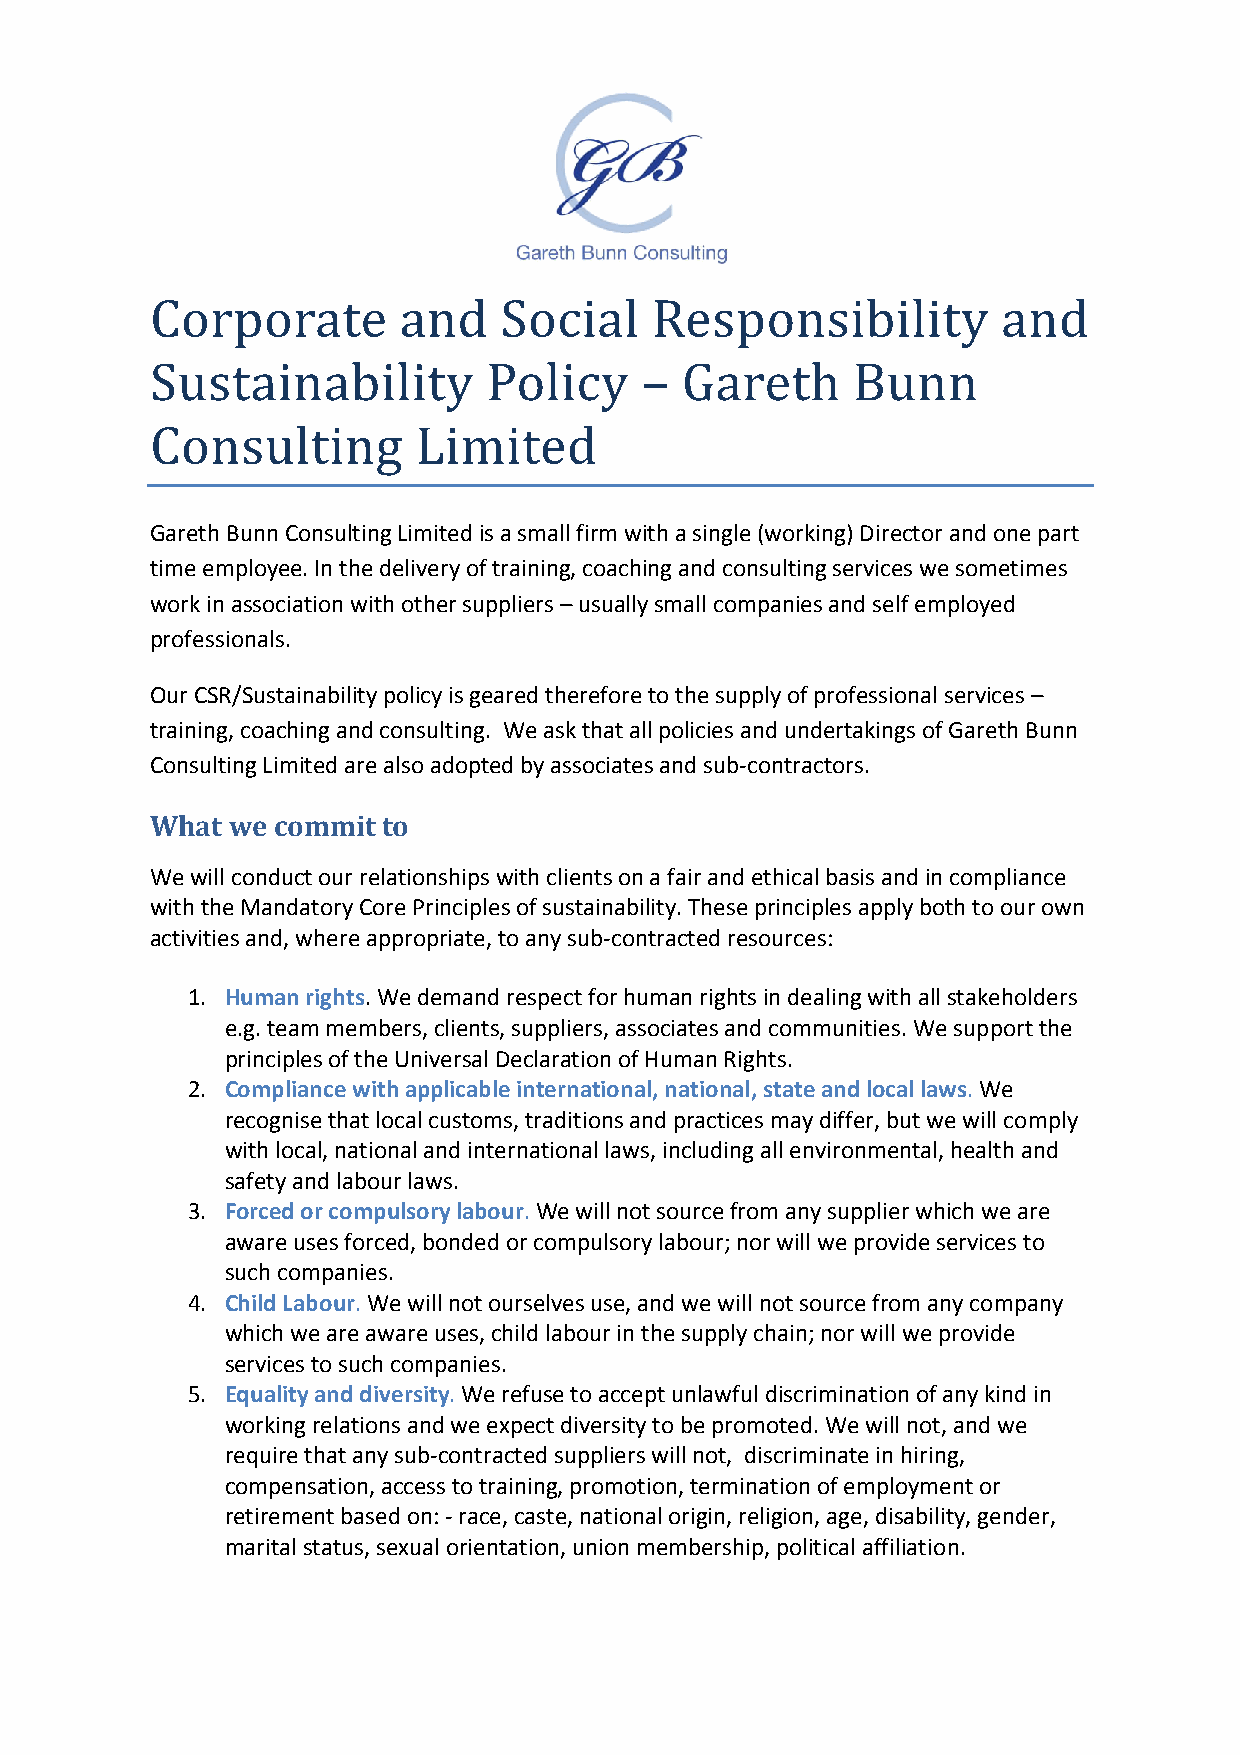
Corporate       and    Social    Responsibility         and
 Sustainability        Policy    –  Gareth     Bunn
 Consulting        Limited
 GarethBunnConsultingLimitedisasmallfirmwithasingle(working)Directorandonepart
 timeemployee.Inthedeliveryoftraining,coachingandconsultingserviceswesometimes
 workinassociationwithothersuppliers–usuallysmallcompaniesandselfemployed
 professionals.
 OurCSR/Sustainabilitypolicyisgearedthereforetothesupplyofprofessionalservices–
 training,coachingandconsulting. WeaskthatallpoliciesandundertakingsofGarethBunn
 ConsultingLimitedarealsoadoptedbyassociatesandsub-contractors.
 What wecommit  to
 Wewillconductourrelationshipswithclientsonafairandethicalbasisandincompliance
 withtheMandatoryCorePrinciplesofsustainability.Theseprinciplesapplybothtoourown
 activitiesand,whereappropriate,toanysub-contractedresources:
 1. Humanrights.Wedemandrespectforhumanrightsindealingwithallstakeholders
 e.g.teammembers,clients,suppliers,associatesandcommunities.Wesupportthe
 principlesoftheUniversalDeclarationofHumanRights.
 2. Compliancewithapplicableinternational,national,stateandlocallaws.We
 recognisethatlocalcustoms,traditionsandpracticesmaydiffer,butwewillcomply
 withlocal,nationalandinternationallaws,includingallenvironmental,healthand
 safetyandlabourlaws.
 3. Forcedorcompulsorylabour.Wewillnotsourcefromanysupplierwhichweare
 awareusesforced,bondedorcompulsorylabour;norwillweprovideservicesto
 suchcompanies.
 4. ChildLabour.Wewillnotourselvesuse,andwewillnotsourcefromanycompany
 whichweareawareuses,childlabourinthesupplychain;norwillweprovide
 servicestosuchcompanies.
 5. Equalityanddiversity.Werefusetoacceptunlawfuldiscriminationofanykindin
 workingrelationsandweexpectdiversitytobepromoted.Wewillnot,andwe
 requirethatanysub-contractedsupplierswillnot, discriminateinhiring,
 compensation,accesstotraining,promotion,terminationofemploymentor
 retirementbasedon:-race,caste,nationalorigin,religion,age,disability,gender,
 maritalstatus,sexualorientation,unionmembership,politicalaffiliation.